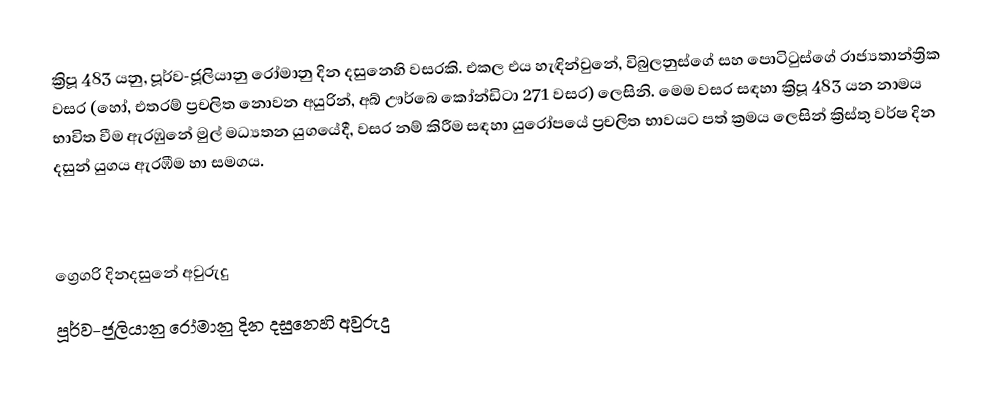

ක්‍රිපූ 483 යනු, පූර්ව-ජූලියානු රෝමානු දින දසුනෙහි වසරකි. එකල එය හැඳින්වුනේ, විබුලනුස්ගේ සහ පොටිටුස්ගේ රාජ්‍යතාන්ත්‍රික වසර (හෝ, එතරම් ප්‍රචලිත නොවන අයුරින්, අබ් ඌර්බෙ කෝන්ඩිටා 271 වසර) ලෙසිනි. මෙම වසර සඳහා ක්‍රිපූ 483 යන නාමය භාවිත වීම ඇරඹුනේ මුල්  මධ්‍යතන යුගයේදී, වසර නම් කිරීම සඳහා යුරෝපයේ ප්‍රචලිත භාවයට පත් ක්‍රමය ලෙසින් ක්‍රිස්තු වර්ෂ දින දසුන් යුගය ඇරඹීම හා සමගය.

ග්‍රෙගරි දිනදසුනේ අවුරුදු
පූර්ව-ජූලියානු රෝමානු දින දසුනෙහි අවුරුදු